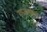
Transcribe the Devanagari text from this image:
राजखेरा